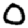
Digit: 0